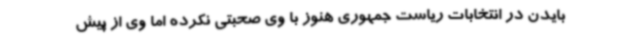
بایدن در انتخابات ریاست جمهوری هنوز با وی صحبتی نکرده اما وی از پیش